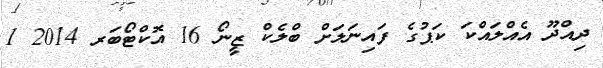
ދިއްދޫ އެއްލައްކަ ކަޕުގެ ފައިނަލަށް ބްލެކް ޒީނޯ 16 އޮކްޓޯބަރ 2014 1